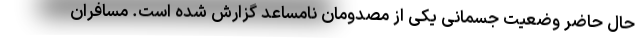
حال حاضر وضعیت جسمانی یکی از مصدومان نامساعد گزارش شده است. مسافران